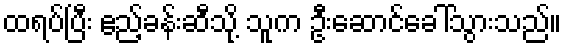
ထရပ်ပြီး ဧည့်ခန်းဆီသို့ သူက ဦးဆောင်ခေါ်သွားသည်။